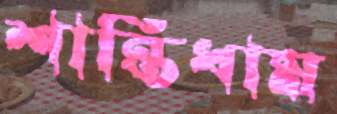
শান্তিধাম